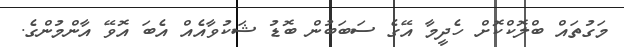
މަގުތައް ބްލޮކްކޮށް ހެދީމާ އޭގެ ސަބަބުން ބޮޑު ޝަކުވާއެއް އެބަ އޮވޭ އާންމުންގެ.